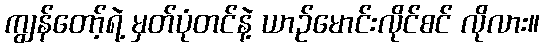
ကျွန်တော့်ရဲ့ မှတ်ပုံတင်နဲ့ ယာဉ်မောင်းလိုင်စင် လိုလား။